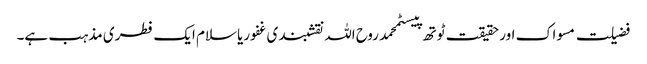
فضیلت مسواک اور حقیقت ٹوتھ پیسٹمحمد روح اللہ نقشبندی غفوریاسلام ایک فطری مذہب ہے۔